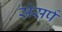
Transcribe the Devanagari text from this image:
संसर्प